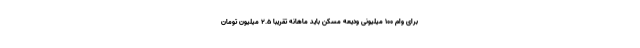
برای وام ۱۰۰ میلیونی ودیعه مسکن باید ماهانه تقریبا ۲.۵ میلیون تومان